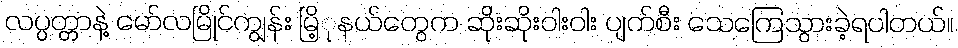
လပ္ပတ္တာနဲ့ မော်လမြိုင်ကျွန်း မြိ့ုနယ်တွေက ဆိုးဆိုးဝါးဝါး ပျက်စီး သေကြေသွားခဲ့ရပါတယ်။